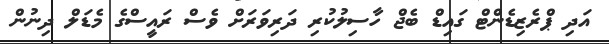
އަދި ޕްރެޒިޑެންޓް ގައިޑް ބެޖް ހާސިލުކުރި ދަރިވަރަށް ވެސް ރައީސްގެ މެޑަލް ދިނުން